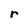
Character: r